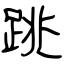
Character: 跳